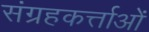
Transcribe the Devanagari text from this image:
संग्रहकर्त्ताओं